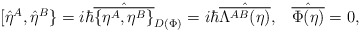
\begin{align*}[\hat{\eta}^A,\hat{\eta}^B\}=i\hbar\hat{\overline{\{\eta^A,\eta^B\}}}_{D(\Phi)}=i\hbar\hat{\overline{\Lambda^{AB}(\eta)}},\;\;\;\hat{\overline{\Phi (\eta)}}=0,\end{align*}